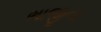
ભાજીના